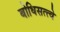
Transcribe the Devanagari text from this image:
बोधिसत्त्वे